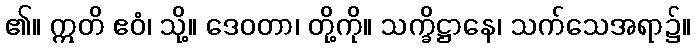
၏။ ဣတိ ဧဝံ၊ သို့။ ဒေဝတာ၊ တို့ကို။ သက္ခိဋ္ဌာနေ၊ သက်သေအရာ၌။